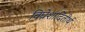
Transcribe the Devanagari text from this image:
विघ्नेशादितीर्थ